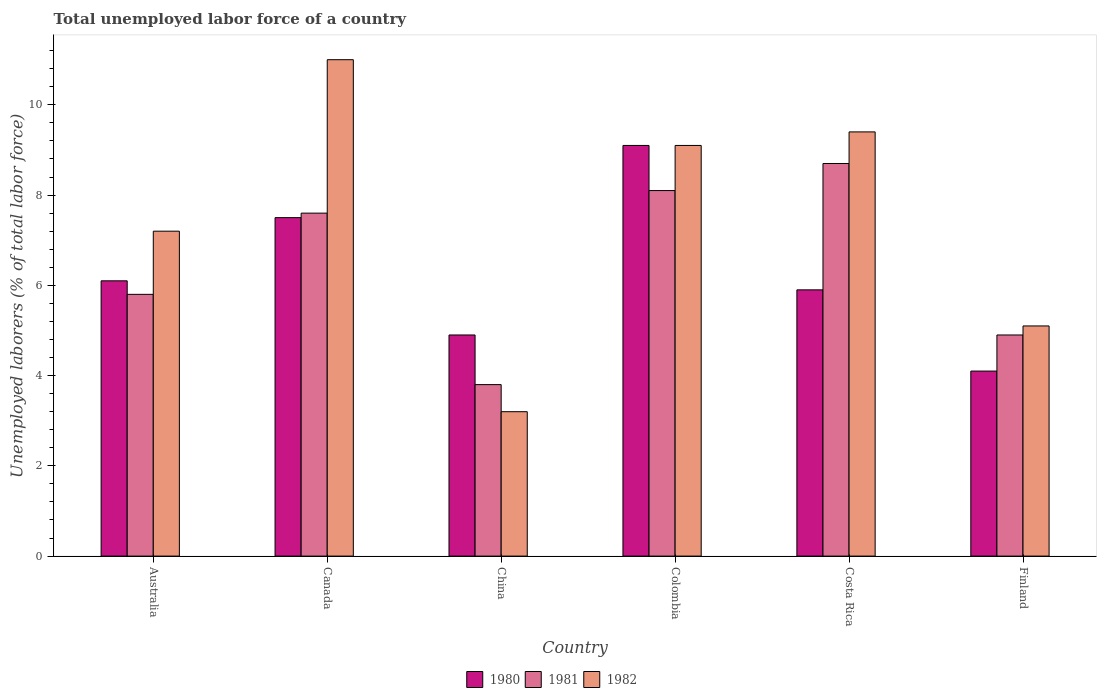
| Country | 1980 | 1981 | 1982 |
 | --- | --- | --- | --- |
 | Australia | 6.1 | 5.8 | 7.2 |
 | Canada | 7.5 | 7.6 | 11 |
 | China | 4.9 | 3.8 | 3.2 |
 | Colombia | 9.1 | 8.1 | 9.1 |
 | Costa Rica | 5.9 | 8.7 | 9.4 |
 | Finland | 4.1 | 4.9 | 5.1 |